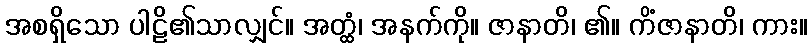
အစရှိသော ပါဠိ၏သာလျှင်။ အတ္ထံ၊ အနက်ကို။ ဇာနာတိ၊ ၏။ ကိံဇာနာတိ၊ ကား။